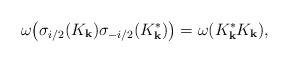
LaTeX: \begin{align*}\omega\big(\sigma_{i/2}(K_\mathbf{k})\sigma_{-i/2}(K_\mathbf{k}^*)\big)&=\omega(K_\mathbf{k}^*K_\mathbf{k}),\end{align*}